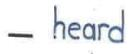
- heard